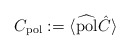
\begin{align*} C_{\rm pol}:=\langle\widehat{\rm pol}\hat{C}\rangle\end{align*}